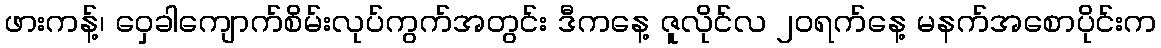
ဖားကန့်၊ ဝှေခါကျောက်စိမ်းလုပ်ကွက်အတွင်း ဒီကနေ့ ဇူလိုင်လ ၂၀ရက်နေ့ မနက်အစောပိုင်းက